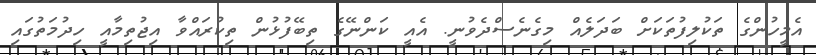
އެމީހުންގެ ތަކުލިފުތަކަށް ބަދަލެއް މިގެނެސްދެވުނީ. އެއީ ކަންނޭގެ ތިބޭފުޅުން ތިކުރައްވާ އިޖުތިމާއީ ހިދުމަތުގައި